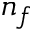
n _ { f }